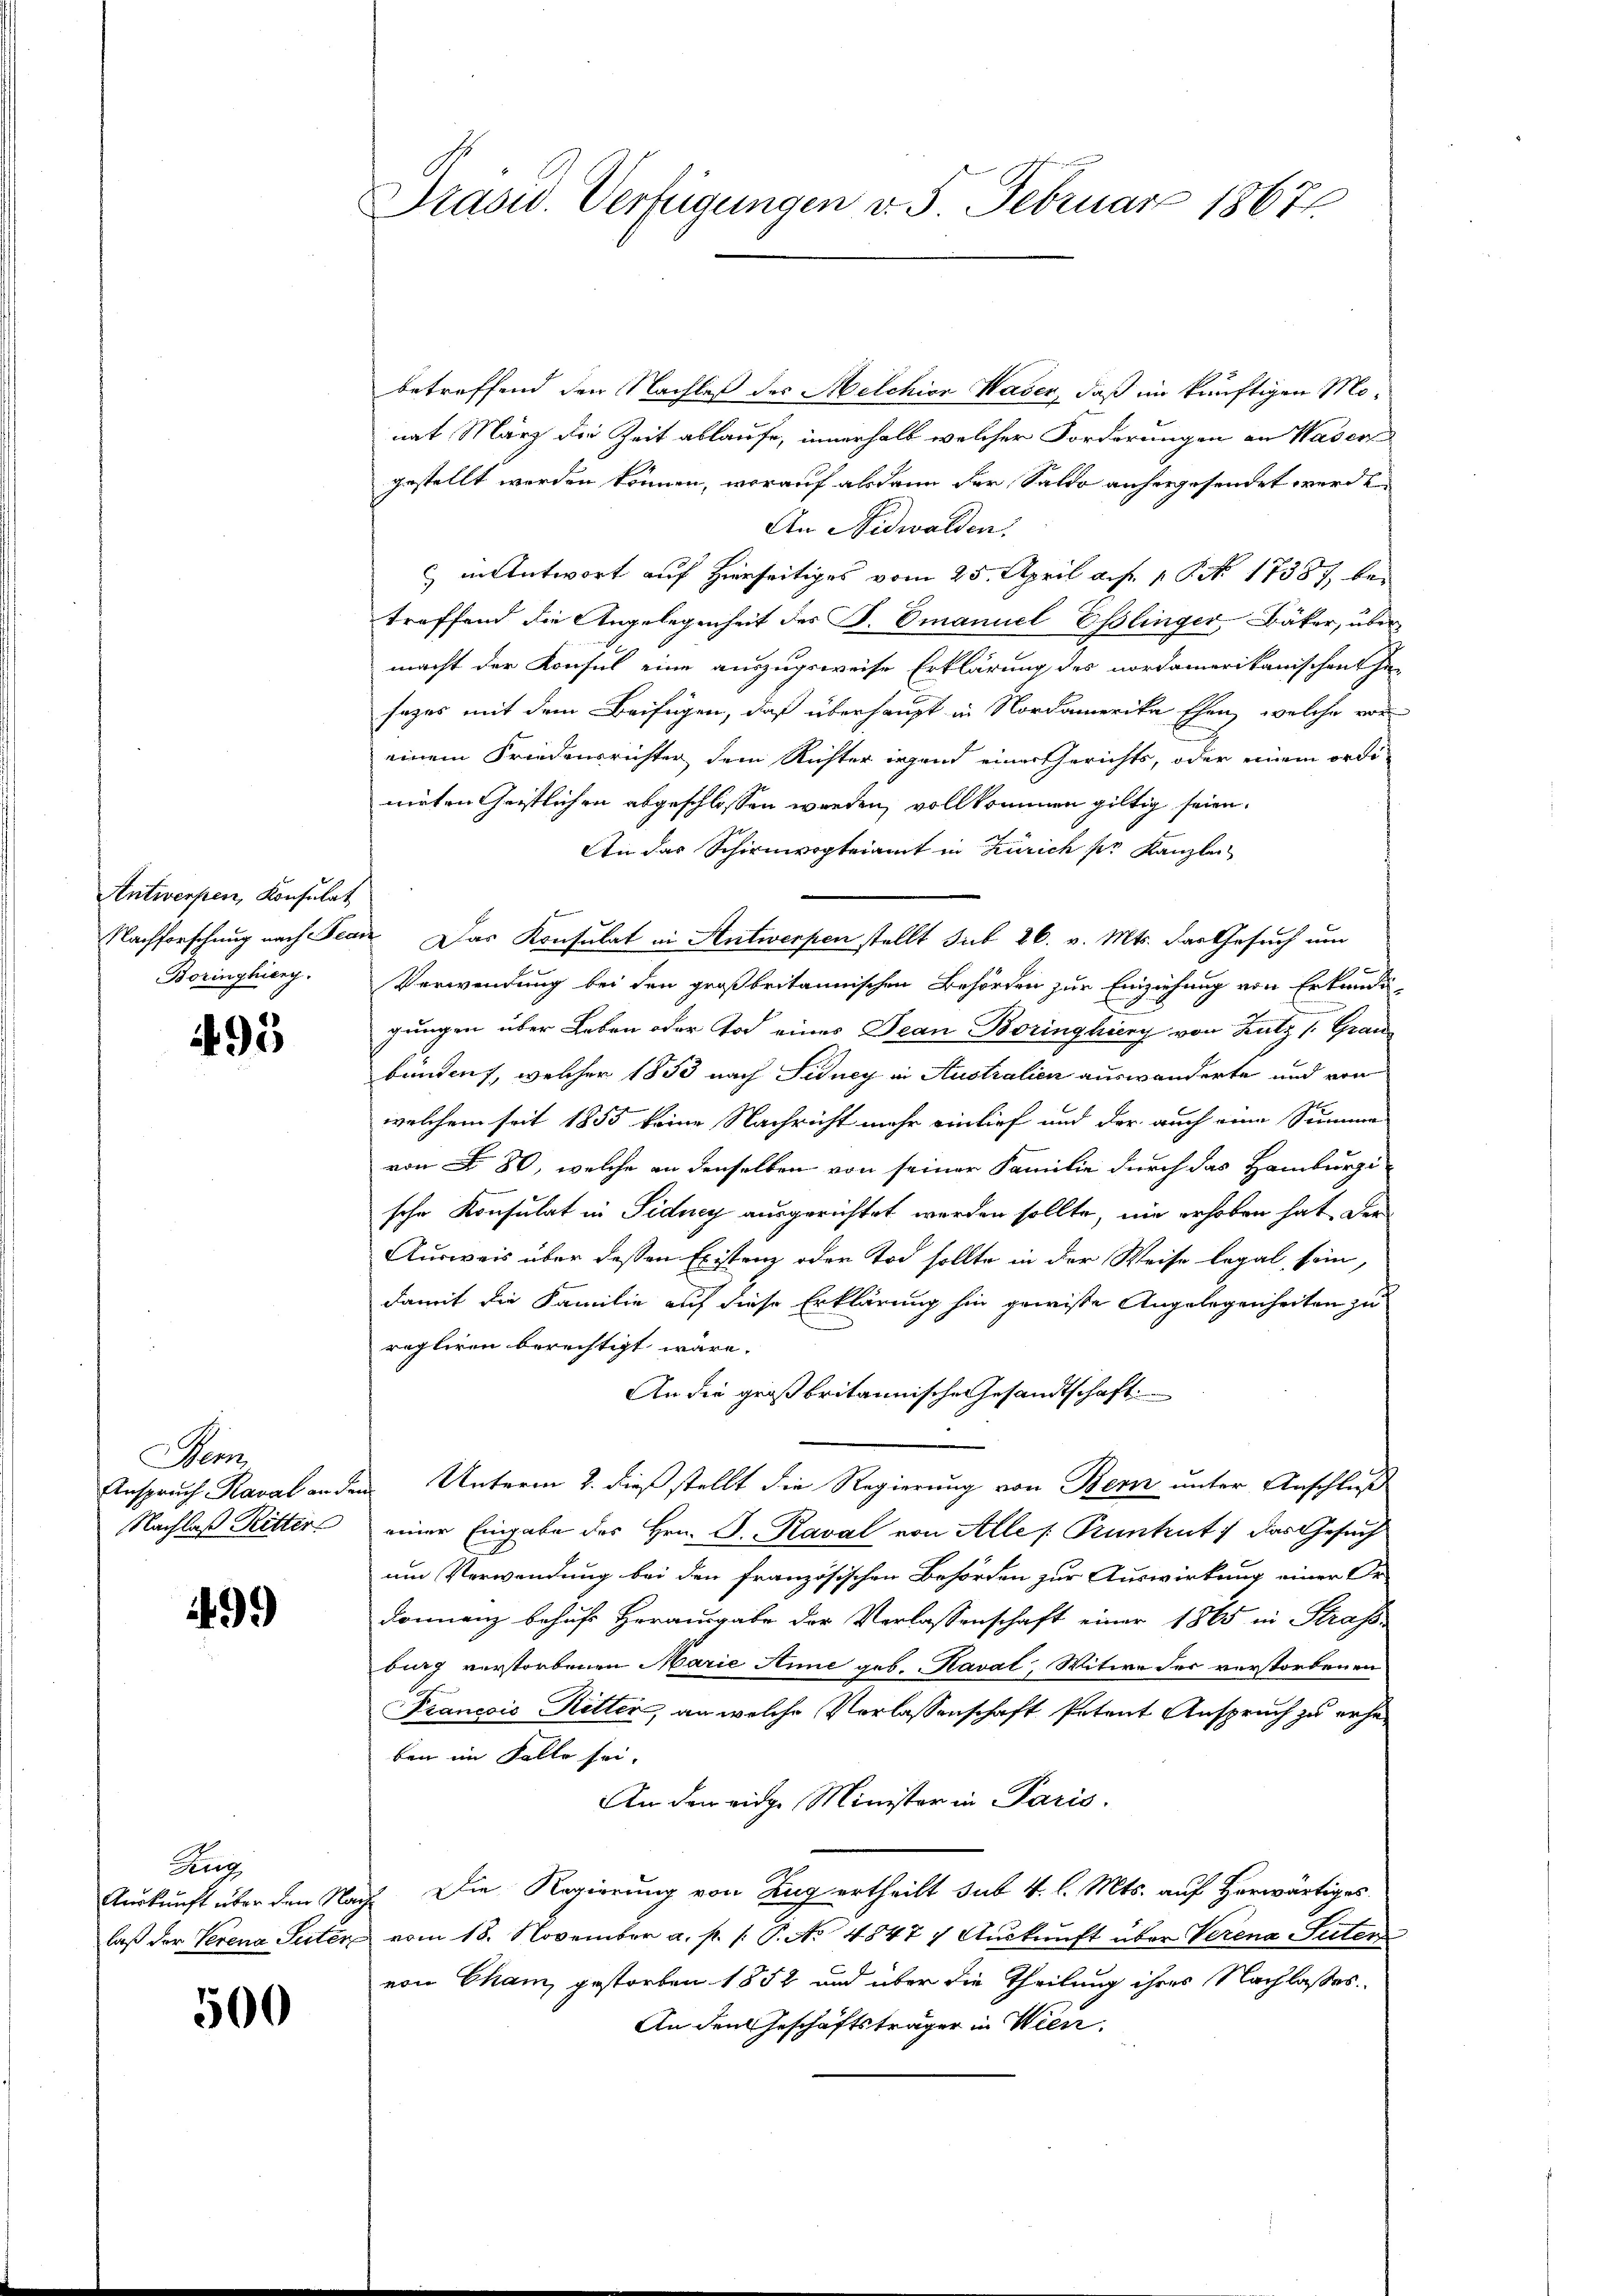
Antwerpen, Konsulat
Boringhieng.

495

emn
Anspruch Kaval an der
Nachlaß Ritter

499

Zug
Auskunft über den Na
laß der Verena Peter

500

Prasid. Verfügungen v. 5. Februar 1867

betreffend den Nachlaß des Melchior Waser, daß in künftigen Monat März die Zeit ablaufe, innerhalb welcher Forderungen an Wasers
gestellt werden können, worauf alsdann der Saldo anhergesendet werden.
An Nidwalden.
 in Antwort auf Hierseitiges vom 25. April a. f. 1 S. 17387 bei
treffend die Angelegenheit des F. Emanuel Esslinger, Bäker, über
macht der Konsul eine auszugsweise Erklärung des nordamerikanischen In-
sages mit dem Beifügen, daß überhaupt in Nordamerika Ehen, welche vor
einem Friedensrichter dem Richter irgend einer Gerichts, oder einem ordi-
mieten Geistlichen abgeschlossen werden, vollkommen giltig seien.
An das Schirmvogteiamt in Zürich pr Kanzlei
Nachforschung nach Seen Das Konsulat in Antwerpen stellt sub 26. v. Mts. das Gesuch um
Verwendung bei den großbritannischen Behörden zur Einziehung von Erkundi-
gungen über Leben oder Tod eines Jean Boringkürg von Lutz /: Grau
bunden, welcher 1853 nach Sidney in Australien auswanderte und von
welchem seit 1855 keine Nachricht mehr einlief und der auch eine Summe
von § 80, welche an denselben von seiner Familie durch das Hamburgi
sche Konsulat in Sidney ausgerichtet werden sollte, nie erhoben hat. Der
Ausweis über deßen Existenz oder Tod sollte in der Weise legal sein,
damit die Familie auf diese Erklärung hin gewisse Angelegenheiten zu
regliren berechtigt wäre.
An die großbritannische Gesandtschaft
 Unterm 2. dieß stellt die Regierung von Bern unter Anschluß
einer Eingabe des Hrn. J. Kaval von Alle [Kuntent das Gesuch
um Verwendung bei den französischen Behörden zur Auswirkung einer Or
donnanz behufs Herausgabe der Verlassenschaft einer 1865 in Straf
burg verstorbenen Marie Anne geb. Kaval, Witwe der verstorbenen
Francois Ritter, an welche Vorlassenschaft Petent Anspruch zu erhe
ben im Falle sei-
An dem eidge Minister in Paris.
i. Die Regierung von Zug ertheilt sub 4. l. Mts. auf Herwärtiges
vom 18. November a. p. 1. P. No 4847) Auskunft über Verena Suter
von Cham, gestorben 1852 und über die Theilung ihrer Nachlasses.
An den Geschäftsträger in Wien.